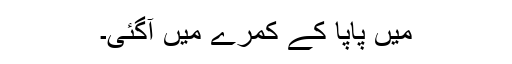
میں پاپا کے کمرے میں آگئی۔